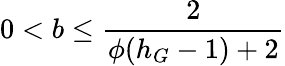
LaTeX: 0<b\leq\frac{2}{\phi(h_{G}-1)+2}